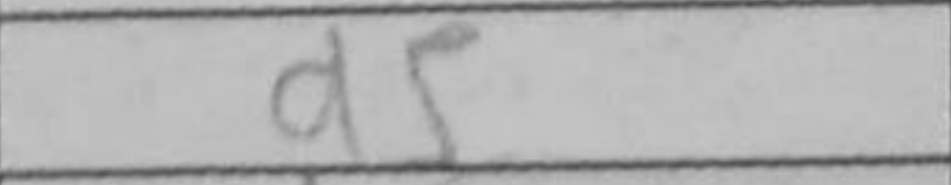
Transcription: d5